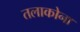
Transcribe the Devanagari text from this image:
तलाकोना